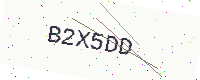
Text: B2X5DD